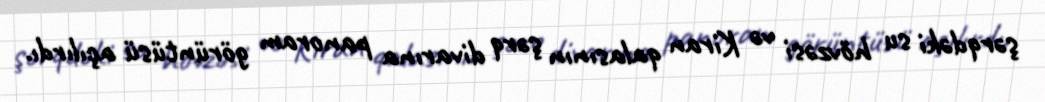
şərqdəki su hövzəsi və Kiran qalasının şərq divarına panoram görüntüsü açılırdı.